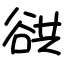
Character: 谼